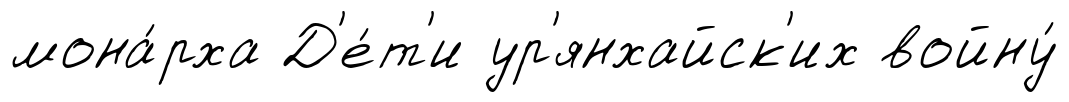
мона́рха Д'е́т'и ур'янхайск'их войну́